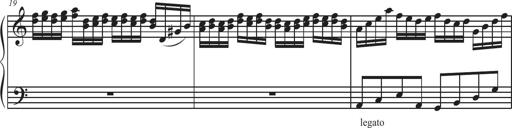
Title: Sonatina Espania
Composer: Jerald Franklin Archer
Key: Various